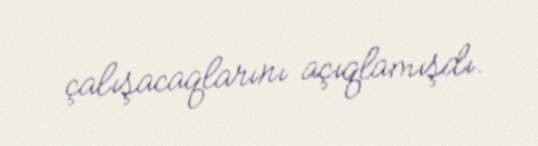
çalışacaqlarını açıqlamışdı.